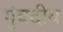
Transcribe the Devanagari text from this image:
गुंबदीय